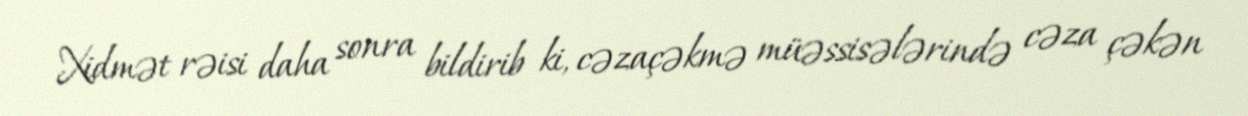
Xidmət rəisi daha sonra bildirib ki, cəzaçəkmə müəssisələrində cəza çəkən